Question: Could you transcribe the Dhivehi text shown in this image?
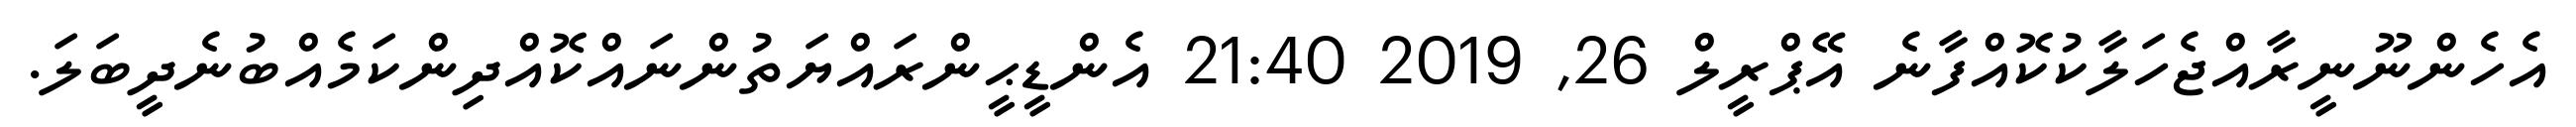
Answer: އެހެންނޫނީރާއްޖެހަލާކުކޮއްފާނެ އޭޕްރީލް 26, 2019 21:40 އެންޑީޙީންރައްޔަތުންނައްކޮއްދިންކަމެއްބުނެދީބަލަ.